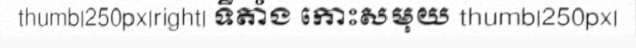
thumb|250px|right| ទីតាំង កោះសមុយ thumb|250px|